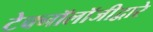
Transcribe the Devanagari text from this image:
टेक्‍नॉलॉजीद्वारे